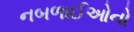
નબળાઈઓનો